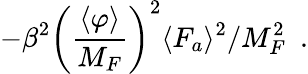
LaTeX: -\beta^{2}\left(\frac{\langle\varphi\rangle}{M_{F}}\right)^{2}\langle F_{a}\rangle^{2}/M_{F}^{2}\, \, \, .